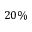
2 0 \%